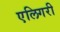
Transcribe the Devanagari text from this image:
एलिगरी